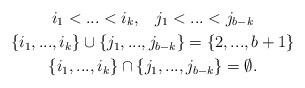
LaTeX: \begin{gather*}i_1 <... < i_k, \; \; \; j_1 <... < j_{b-k} \\\{i_1 ,..., i_k\} \cup \{j_1 ,... , j_{b-k}\}=\{2,...,b+1\} \\\{i_1 ,..., i_k\} \cap \{j_1 ,... , j_{b-k}\}= \emptyset.\end{gather*}